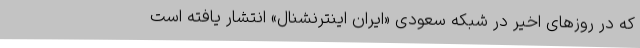
که در روزهای اخیر در شبکه سعودی «ایران اینترنشنال» انتشار یافته است